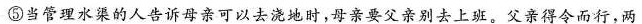
⑤当管理水渠的人告诉母亲可以去浇地时，母亲要父亲别去上班。父亲得今而行，两